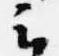
云